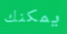
يمكنك